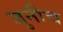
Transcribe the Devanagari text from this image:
जुनीच